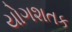
યોગશતક